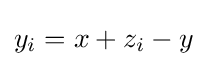
y_{i}=x+z_{i}-y